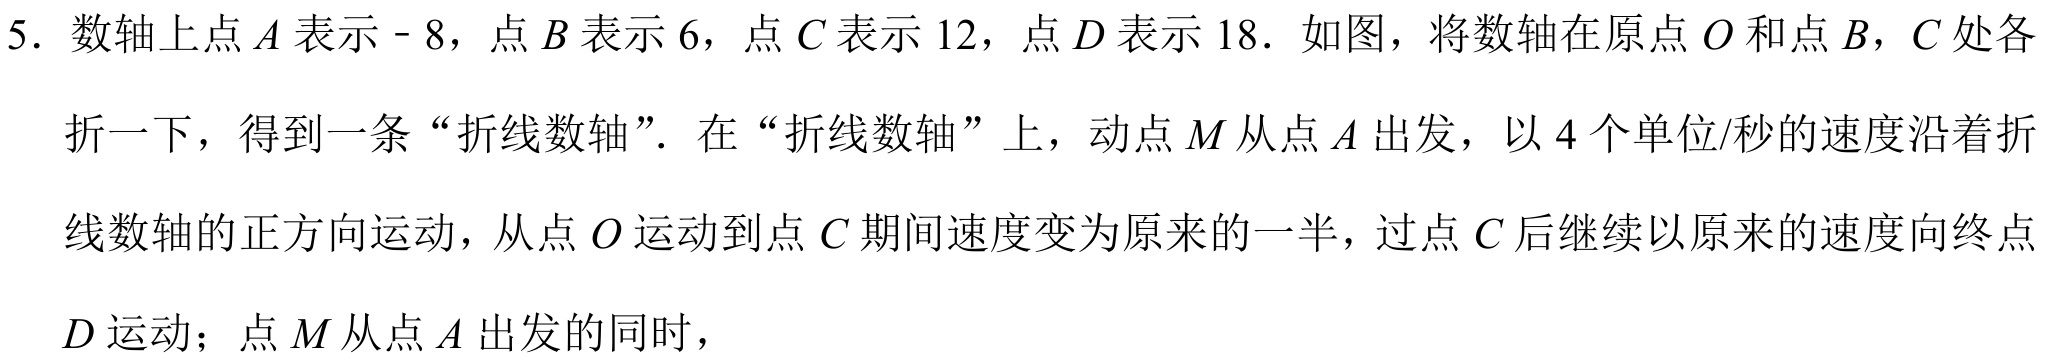
5. 数轴上点 \(A\) 表示\(- 8\)，点 \(B\) 表示 \(6\)，点 \(C\) 表示 \(12\)，点 \(D\) 表示 \(18\)．如图，将数轴在原点 \(O\) 和点 \(B\)，\(C\) 处各
折一下，得到一条“折线数轴”．在“折线数轴”上，动点 \(M\) 从点 \(A\) 出发，以 \(4\) 个单位/秒的速度沿着折
线数轴的正方向运动，从点 \(O\) 运动到点 \(C\) 期间速度变为原来的一半，过点 \(C\) 后继续以原来的速度向终点
\(D\) 运动；点 \(M\) 从点 \(A\) 出发的同时，